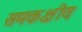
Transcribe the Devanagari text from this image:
समकक्षीय